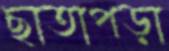
ছাতাপড়া